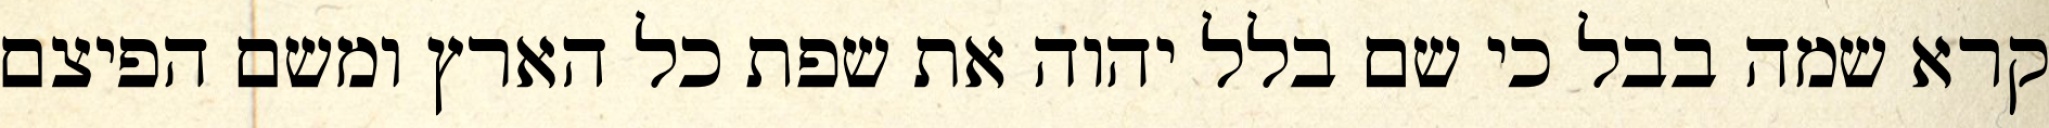
קרא שמה בבל כי שם בלל יהוה את שפת כל הארץ ומשם הפיצם